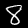
Label: 8